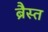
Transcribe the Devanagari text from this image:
ब्रैस्त